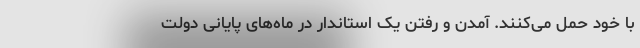
با خود حمل می‌کنند. آمدن و رفتن یک استاندار در ماه‌های پایانی دولت